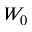
W _ { 0 }